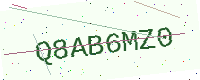
Text: Q8AB6MZ0